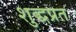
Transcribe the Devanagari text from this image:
शुद्धप्रत